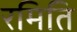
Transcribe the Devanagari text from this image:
रमिति